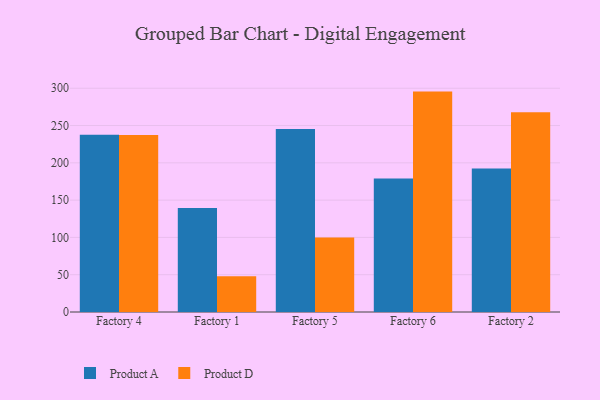
{"axis": {"x": "Factory", "y": "Population (Million)"}, "legend": ["Product A", "Product D"], "data": [{"x": "Factory 4", "y": 237.6, "type": "Product A"}, {"x": "Factory 4", "y": 237.2, "type": "Product D"}, {"x": "Factory 1", "y": 139.5, "type": "Product A"}, {"x": "Factory 1", "y": 48.0, "type": "Product D"}, {"x": "Factory 5", "y": 245.4, "type": "Product A"}, {"x": "Factory 5", "y": 100.0, "type": "Product D"}, {"x": "Factory 6", "y": 178.9, "type": "Product A"}, {"x": "Factory 6", "y": 295.5, "type": "Product D"}, {"x": "Factory 2", "y": 192.4, "type": "Product A"}, {"x": "Factory 2", "y": 267.7, "type": "Product D"}]}